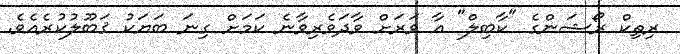
ރިތިކް ރޯޝަންގެ "ކާބިލް" އާ ވަރަށް ވާދަވެރިވާނެ ކަމަށް ގިނަ ބަޔަކު ޤަބޫލުކުރެއެވެ.